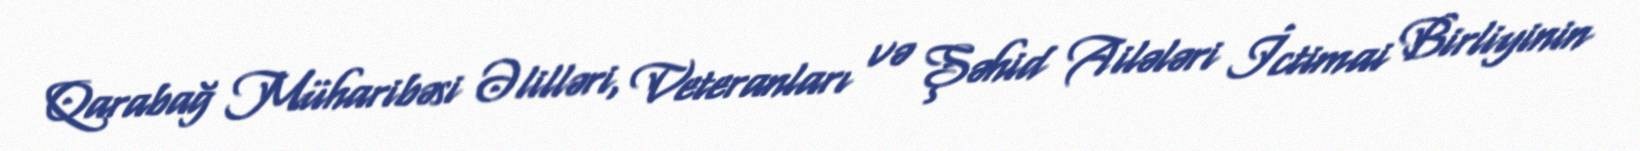
Qarabağ Müharibəsi Əlilləri, Veteranları və Şəhid Ailələri İctimai Birliyinin